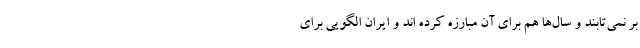
بر نمی‌تابند و سال‌ها هم برای آن مبارزه کرده اند و ایران الگویی برای